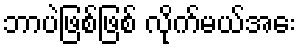
ဘာပဲဖြစ်ဖြစ် လိုက်မယ်အေး